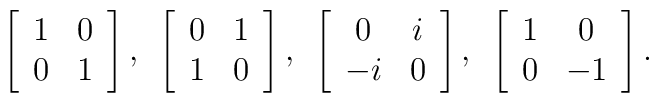
\left[\begin{array}{cc}1 & 0 \\0 & 1\end{array}\right],\hspace{2mm}\left[\begin{array}{cc}0 & 1 \\1 & 0\end{array}\right],\hspace{2mm}\left[\begin{array}{cc}0 & i \\-i & 0\end{array}\right],\hspace{2mm}\left[\begin{array}{cc}1 & 0 \\0 & -1\end{array}\right].